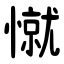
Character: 憱